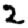
Digit: 2